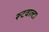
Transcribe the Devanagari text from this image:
रूटवाल्टा